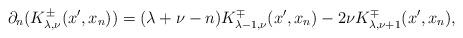
LaTeX: \begin{align*} \partial_{n} (K^\pm_{\lambda,\nu}(x^\prime,x_n)) =(\lambda+\nu-n)K^\mp_{\lambda-1,\nu}(x^\prime,x_n)-2\nu K^\mp_{\lambda,\nu+1}(x^\prime,x_n), \end{align*}